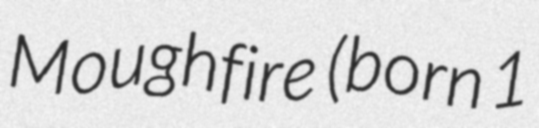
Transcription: Moughfire  (born 1